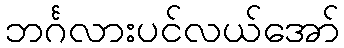
ဘင်္ဂလားပင်လယ်အော်